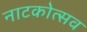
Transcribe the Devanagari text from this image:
नाटकोत्सव